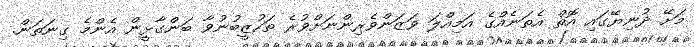
މަށޭ ދުނިޔޭގައި އޮތް އެތަނެއްގެ އަމިއްލަ ވަޒަންވެރިންނަށްވުރެ ތަހުޒީބުނުވާ ބަންގާޅީން އެންމެ ގިނަތަން.